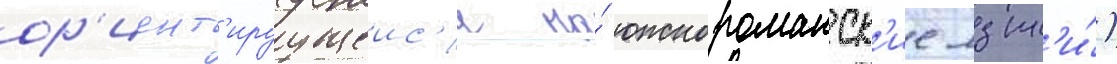
ор'иент'ируущеис'я на́ южнороманск'ие язык'и́)